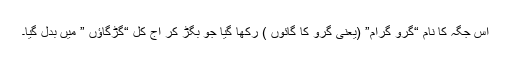
اس جگہ کا نام “گُرو گرام” (یعنی گرو کا گائوں ) رکھا گیا جو بگڑ کر آج کل “گڑگاؤں ” میں بدل گیا۔